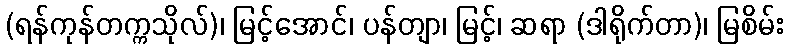
(ရန်ကုန်တက္ကသိုလ်)၊ မြင့်အောင်၊ ပန်တျာ၊ မြင့်၊ ဆရာ (ဒါရိုက်တာ)၊ မြစိမ်း